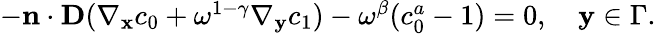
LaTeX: \begin{array}{r}{-\mathbf n\cdot\mathbf D(\nabla_{\mathbf x}c_{0}+\omega^{1-\gamma}\nabla_{\mathbf y}c_{1})-\omega^{\beta}(c_{0}^{a}-1)=0,\quad\mathbf y\in\Gamma.}\end{array}